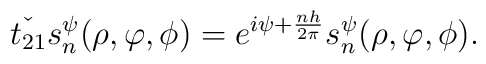
\check{t_{21}}s_{n}^{\psi}(\rho,\varphi,\phi)=e^{i\psi+\frac{nh}{2\pi}}s_{n}^{\psi}(\rho,\varphi,\phi).